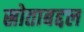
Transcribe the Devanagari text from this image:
स्रोताबद्दल